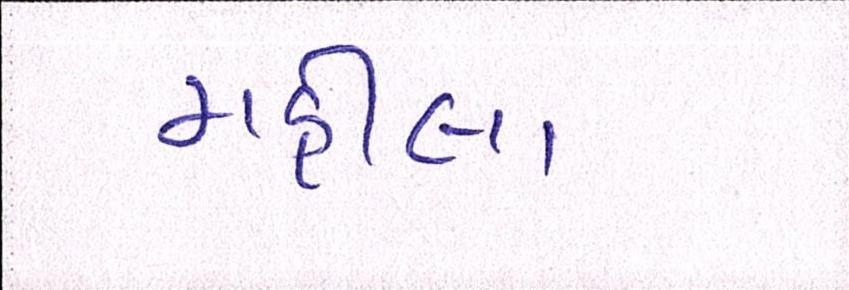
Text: મહીલા